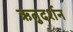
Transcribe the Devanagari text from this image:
ऋतुदर्शन